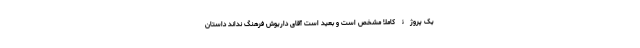
یک پروژۀ کاملا مشخص است و بعید است آقای داریوش فرهنگ نداند داستان